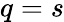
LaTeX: q=s